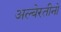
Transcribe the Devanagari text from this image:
अल्बेरतीनो